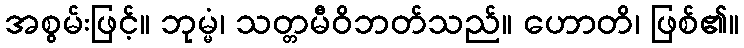
အစွမ်းဖြင့်။ ဘုမ္မံ၊ သတ္တမီဝိဘတ်သည်။ ဟောတိ၊ ဖြစ်၏။